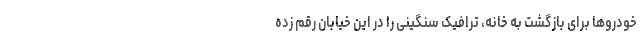
خودروها برای بازگشت به خانه، ترافیک سنگینی را در این خیابان رقم زده